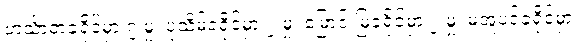
ဟင်္သာတခရိုင်မှာ ၇ မှု၊ ပုသိမ်ခရိုင်မှာ ၂ မှု၊ မြောင်းမြခရိုင်မှာ ၂ မှု၊ မအူပင်ခရိုင်မှာ